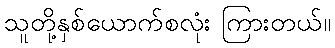
သူတို့နှစ်ယောက်စလုံး ကြားတယ်။